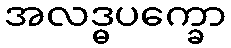
အလဒ္ဓပက္ခော